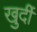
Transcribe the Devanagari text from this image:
खुर्दी